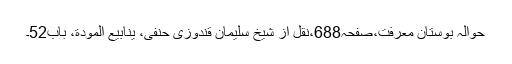
حوالہ بوستانِ معرفت،صفحہ688،نقل از شیخ سلیمان قندوزی حنفی، ینابیع المودة، باب52۔